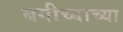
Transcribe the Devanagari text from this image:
बगीच्याच्या